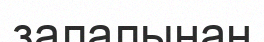
залалынан